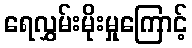
ရေလွှမ်းမိုးမှုကြောင့်